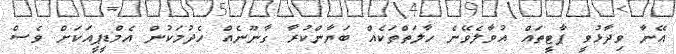
އޭނާ ވިދާޅުވީ ޕާޓީތައް އުވާލެވޭނެ ހާލަތްތަކެއް ބަޔާންކުރާ ގާނޫނެއް ހެދުމަކުން އެމްޑީޕީއަކަށް ވެސް